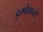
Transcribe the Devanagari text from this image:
इम्पेशन्स